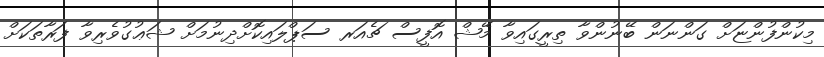
މިކުންފުންޏަށް ގަންނަން ބޭނުންވާ ތިރީގައިވާ މޭޝް އޮފީސް ޗެއަރ ސަޕްލައިކޮށްދިނުމަށް ޝަޢުގުވެރިވާ ފަރާތަކަށް